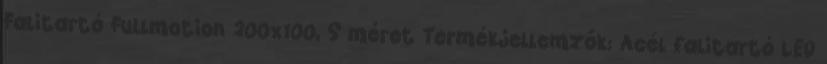
Falitartó Fullmotion 200x100, S méret Termékjellemzők: Acél falitartó LED